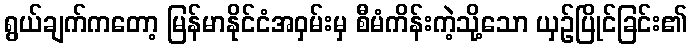
ရွယ်ချက်ကတော့ မြန်မာနိုင်ငံအဝှမ်းမှ စီမံကိန်းကဲ့သို့သော ယှဉ်ပြိုင်ခြင်း၏